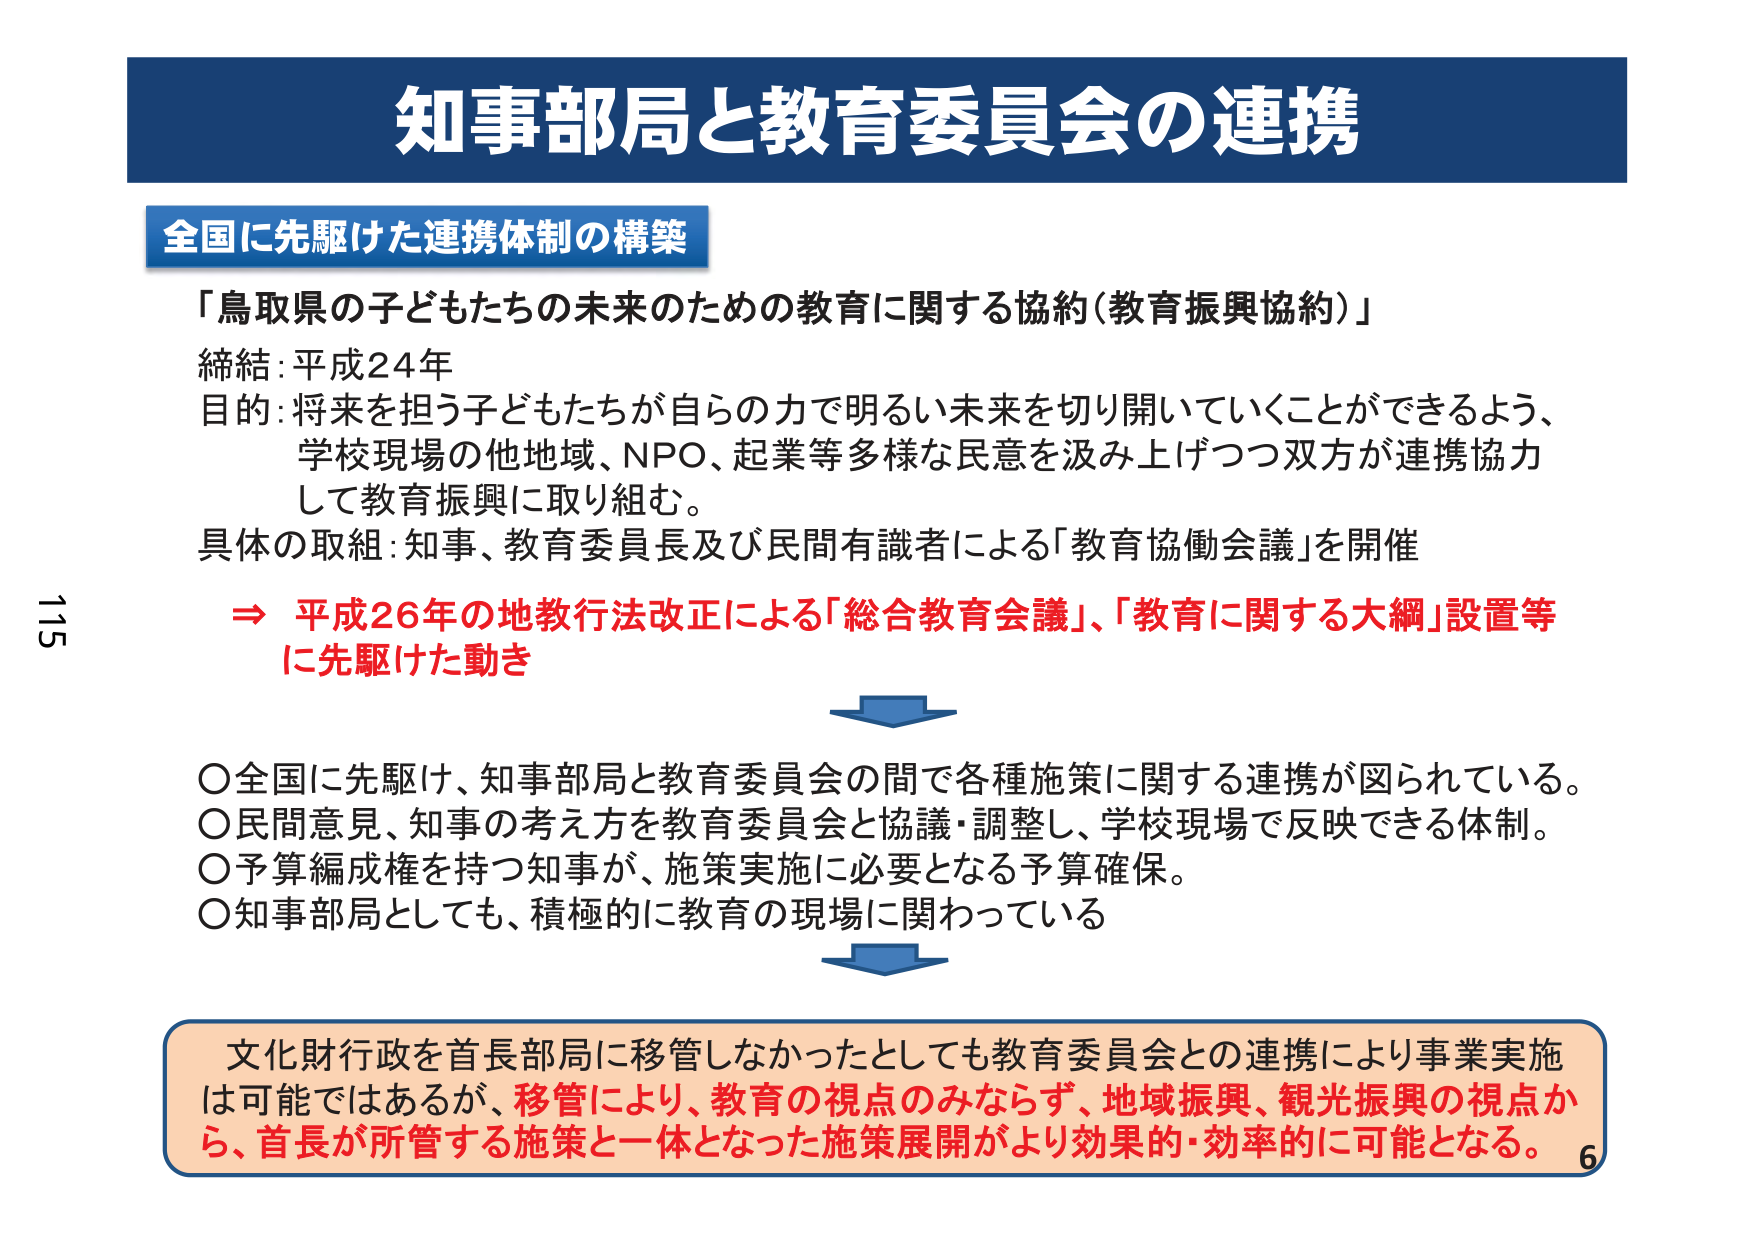
知事部局と教育委員会の連携

全国に先駆けた連携体制の構築

「鳥取県の子どもたちの未来のための教育に関する協約（教育振興協約）」

締結：平成24年
目的：将来を担う子どもたちが自らの力で明るい未来を切り開いていくことができるよう、
学校現場の他地域、NPO、起業等多様な民意を汲み上げつつ双方が連携協力
して教育振興に取り組む。
具体的取組：知事、教育委員長及び民間有識者による「教育協働会議」を開催

⇒ 平成26年の地教行法改正による「総合教育会議」、「教育に関する大綱」設置等
に先駆けた動き

○全国に先駆け、知事部局と教育委員会の間で各種施策に関する連携が図られている。
○民間意見、知事の考え方を教育委員会と協議・調整し、学校現場で反映できる体制。
○予算編成権を持つ知事が、施策実施に必要となる予算確保。
○知事部局としても、積極的に教育の現場に関わっている

文化財行政を首長部局に移管しなかったとしても教育委員会との連携により事業実施
は可能ではあるが、移管により、教育の視点のみならず、地域振興、観光振興の視点か
ら、首長が所管する施策と一体となった施策展開がより効果的・効率的に可能となる。

115
6